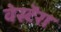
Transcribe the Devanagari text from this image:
वेस्टेंरा